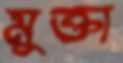
মুক্তা